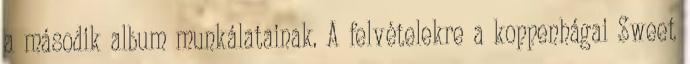
a második album munkálatainak. A felvételekre a koppenhágai Sweet